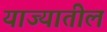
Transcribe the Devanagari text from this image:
याज्यातील